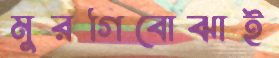
মুরগিবোঝাই